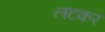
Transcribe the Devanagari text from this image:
लटकर